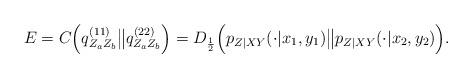
LaTeX: \begin{align*}E&=C\Big(q^{(11)}_{Z_a Z_b}\big\| q^{(22)}_{Z_a Z_b}\Big)=D_{\frac 12}\Big(p_{Z|XY}(\cdot |x_1,y_1)\big\| p_{Z|XY}(\cdot |x_2,y_2)\Big).\end{align*}